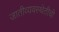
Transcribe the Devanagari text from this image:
जातीव्यवस्थेतीची